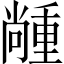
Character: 𡮵